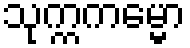
သုက္ကကမ္မော